Scottish Leaving Certificate Examination, 1955
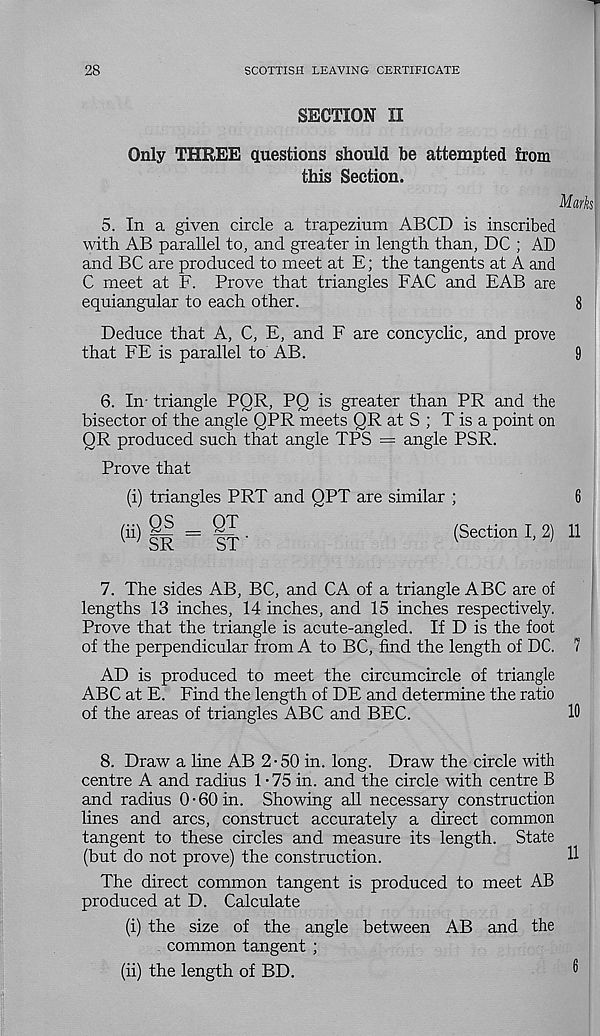
28
SCOTTISH LEAVING CERTIFICATE
SECTION II
Only THREE questions should be attempted from
this Section.
5. In a given circle a trapezium ABCD is inscribed
with AB parallel to, and greater in length than, DC ; AD
and BC are produced to meet at E; the tangents at A and
C meet at F. Prove that triangles FAC and FAB are
equiangular to each other.
Marks
Deduce that A, C, E, and F are concyclic, and prove
that FE is parallel to AB.
6. In- triangle PQR, PQ is greater than PR and the
bisector of the angle QPR meets QR at S ; T is a point on
QR produced such that angle TPS = angle PSR.
Prove that
(i) triangles PRT and QPT are similar ;
QS = QT
SR
ST'
(ii)
(Section I, 2) 11
7. The sides AB, BC, and CA of a triangle ABC are of
lengths 13 inches, 14 inches, and 15 inches respectively.
Prove that the triangle is acute-angled. If D is the foot
of the perpendicular from A to BC, find the length of DC.
AD is produced to meet the circumcircle of triangle
ABC at E. Find the length of DE and determine the ratio
of the areas of triangles ABC and BEC.
10
8. Draw a line AB 2-50 in. long. Draw the circle with
centre A and radius 1 -75 in. and the circle with centre B
and radius 0 • 60 in. Showing all necessary construction
lines and arcs, construct accurately a direct common
tangent to these circles and measure its length. State
(but do not prove) the construction.
The direct common tangent is produced to meet AB
produced at D. Calculate
(i) the size of the angle between AB and the
common tangent ;
(ii) the length of BD.
11